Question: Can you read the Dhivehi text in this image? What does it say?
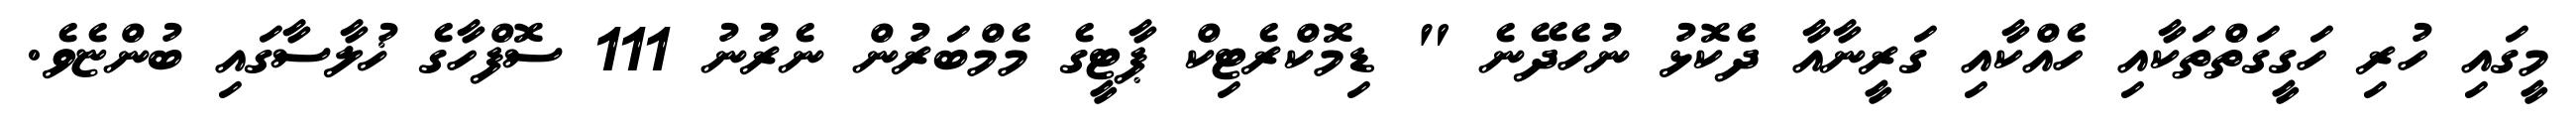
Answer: މީގައި ހުރި ހަގީގަތްތަކާއި ހެއްކާއި ގަރީނާއާ ދެކޮޅު ނުހެދޭނެ " ޑިމޮކްރެޓިކް ޕާޓީގެ މެމްބަރުން ނެރުނު 111 ސޮފްހާގެ ޚުލާސާގައި ބުންޏެވެ.